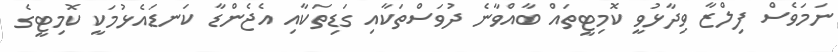
ނަމަވެސް ފިލްޒާ ވިދާޅުވީ ކޮމިޓީތައް ބާއްވާނެ ދުވަސްތަކާއި ގަޑިތަކާއި އެޖެންޑާ ކަނޑައެޅުމަކީ ކޮމިޓީގެ